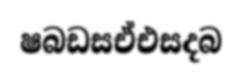
ෂබඩසඒඑසදබ